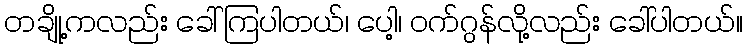
တချို့ကလည်း ခေါ်ကြပါတယ်၊ ပေါ့၊ ဝက်ဂွန်လို့လည်း ခေါ်ပါတယ်။